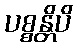
ပစ္စန္တိပိ